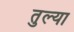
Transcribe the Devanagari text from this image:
तुल्या